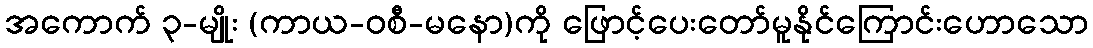
အကောက် ၃-မျိုး (ကာယ-ဝစီ-မနော)ကို ဖြောင့်ပေးတော်မူနိုင်ကြောင်းဟောသော